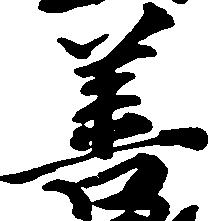
善